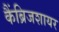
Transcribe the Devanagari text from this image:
कैंब्रिजशायर